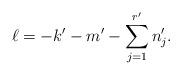
LaTeX: \begin{align*} \ell = -k^\prime - m^\prime - \sum\limits_{j=1}^{r^\prime} n_j^\prime.\end{align*}